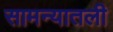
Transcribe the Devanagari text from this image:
सामन्यातली